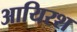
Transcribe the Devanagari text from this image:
आयिरश